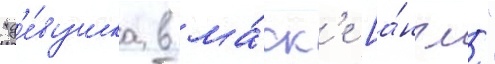
"д'е́вушка в ма́ск'е [а́нгл."